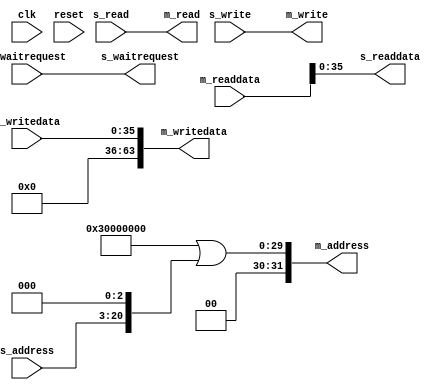
module memory_256k(
	input wire clk,
	input wire reset,

	// 36 bit Slave
	input wire [17:0] s_address,
	input wire s_write,
	input wire s_read,
	input wire [35:0] s_writedata,
	output wire [35:0] s_readdata,
	output wire s_waitrequest,

	// 64 bit Avalon Master
	output wire [31:0] m_address,
	output wire m_write,
	output wire m_read,
	output wire [63:0] m_writedata,
	input wire [63:0] m_readdata,
	input wire m_waitrequest
);
	parameter [31:0] base_addr = 32'h30000000;

	assign m_address = base_addr | { s_address, 3'b0 };
	assign m_write = s_write;
	assign m_read = s_read;
	assign m_writedata = s_writedata;
	assign s_readdata = m_readdata;
	assign s_waitrequest = m_waitrequest;
endmodule